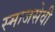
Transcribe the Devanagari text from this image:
स्माजसेवी